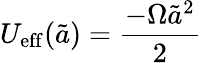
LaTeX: U_{\mathrm{eff}}({\tilde{a}})={\frac{-\Omega{\tilde{a}}^{2}}{2}}